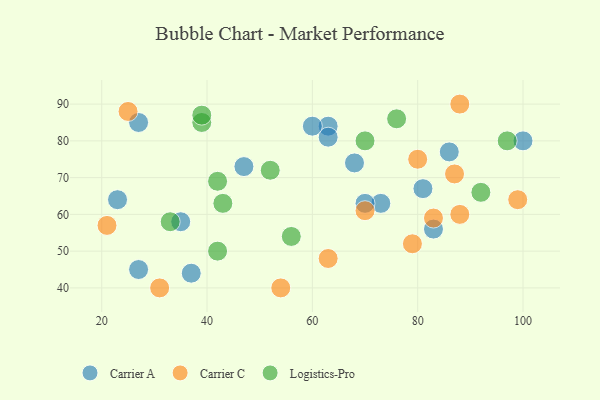
{"axis": {"x": "GDP", "y": "Life Expectancy"}, "legend": ["Carrier A", "Carrier C", "Logistics-Pro"], "data": [{"x": "37", "y": 44, "type": "Carrier A"}, {"x": "47", "y": 73, "type": "Carrier A"}, {"x": "35", "y": 58, "type": "Carrier A"}, {"x": "83", "y": 56, "type": "Carrier A"}, {"x": "73", "y": 63, "type": "Carrier A"}, {"x": "27", "y": 85, "type": "Carrier A"}, {"x": "63", "y": 84, "type": "Carrier A"}, {"x": "70", "y": 63, "type": "Carrier A"}, {"x": "27", "y": 45, "type": "Carrier A"}, {"x": "86", "y": 77, "type": "Carrier A"}, {"x": "63", "y": 81, "type": "Carrier A"}, {"x": "81", "y": 67, "type": "Carrier A"}, {"x": "60", "y": 84, "type": "Carrier A"}, {"x": "68", "y": 74, "type": "Carrier A"}, {"x": "100", "y": 80, "type": "Carrier A"}, {"x": "23", "y": 64, "type": "Carrier A"}, {"x": "54", "y": 40, "type": "Carrier C"}, {"x": "63", "y": 48, "type": "Carrier C"}, {"x": "88", "y": 90, "type": "Carrier C"}, {"x": "25", "y": 88, "type": "Carrier C"}, {"x": "31", "y": 40, "type": "Carrier C"}, {"x": "88", "y": 60, "type": "Carrier C"}, {"x": "87", "y": 71, "type": "Carrier C"}, {"x": "21", "y": 57, "type": "Carrier C"}, {"x": "70", "y": 61, "type": "Carrier C"}, {"x": "80", "y": 75, "type": "Carrier C"}, {"x": "99", "y": 64, "type": "Carrier C"}, {"x": "79", "y": 52, "type": "Carrier C"}, {"x": "83", "y": 59, "type": "Carrier C"}, {"x": "52", "y": 72, "type": "Logistics-Pro"}, {"x": "97", "y": 80, "type": "Logistics-Pro"}, {"x": "39", "y": 85, "type": "Logistics-Pro"}, {"x": "56", "y": 54, "type": "Logistics-Pro"}, {"x": "92", "y": 66, "type": "Logistics-Pro"}, {"x": "76", "y": 86, "type": "Logistics-Pro"}, {"x": "33", "y": 58, "type": "Logistics-Pro"}, {"x": "39", "y": 87, "type": "Logistics-Pro"}, {"x": "43", "y": 63, "type": "Logistics-Pro"}, {"x": "42", "y": 69, "type": "Logistics-Pro"}, {"x": "42", "y": 50, "type": "Logistics-Pro"}, {"x": "70", "y": 80, "type": "Logistics-Pro"}]}